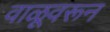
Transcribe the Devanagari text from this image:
वाळूवरून